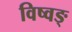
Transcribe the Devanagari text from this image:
विष्वङ्